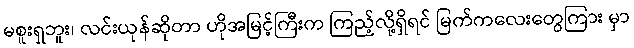
မစူးရှဘူး၊ လင်းယုန်ဆိုတာ ဟိုအမြင့်ကြီးက ကြည့်လို့ရှိရင် မြက်ကလေးတွေကြား မှာ